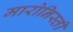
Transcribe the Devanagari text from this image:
मारोनिस्ती